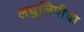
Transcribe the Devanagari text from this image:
लघुलिपीचा